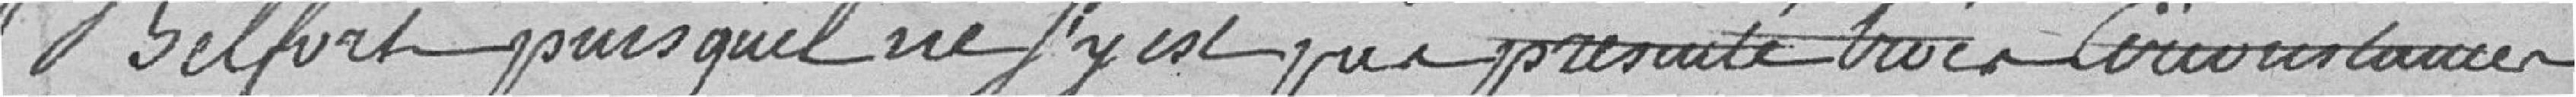
Belfort puisqu'il ne s'y est pas présenté trois Circonstances